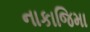
નાકાજિમા